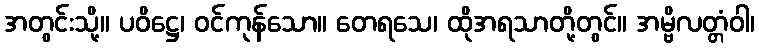
အတွင်းသို့။ ပဝိဋ္ဌေ၊ ဝင်ကုန်သော။ တေရသေ၊ ထိုအရသာတို့တွင်။ အမ္ဗိလတ္တံဝါ၊